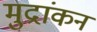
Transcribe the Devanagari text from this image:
मुद्रांकन